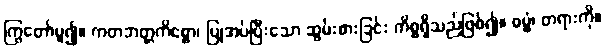
ကြွတော်မူ၍။ ကတဘတ္တကိစ္စော၊ ပြုအပ်ပြီးသော ဆွမ်းစားခြင်း ကိစ္စရှိသည်ဖြစ်၍။ ဓမ္မံ၊ တရားကို။